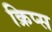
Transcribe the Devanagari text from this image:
क्रिप्‍स